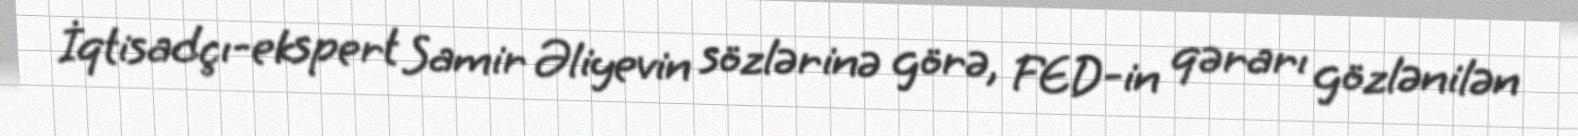
İqtisadçı-ekspert Samir Əliyevin sözlərinə görə, FED-in qərarı gözlənilən